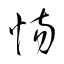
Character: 慯